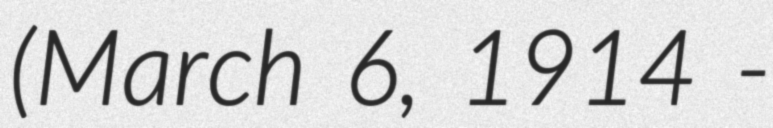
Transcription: (March 6, 1914 -